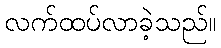
လက်ထပ်လာခဲ့သည်။